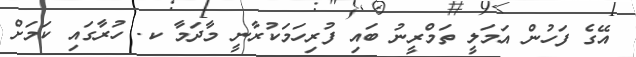
އޭގެ ފަހުން އަމަލީ ތަމްރީނު ބައި ފުރިހަމަކުރާނީ މާދަމާ ކ. ހުރާގައި ކަމަށް